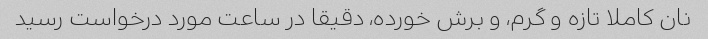
نان کاملا تازه و گرم، و برش خورده، دقیقا در ساعت مورد درخواست رسید